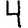
Digit: 4